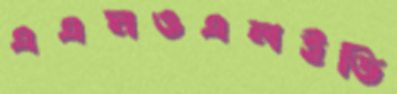
এএমওএলইডি